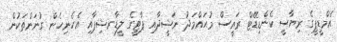
އެމްޑީޕީގެ ރިޔާސީ ކެންޑިޑޭޓް ރައީސް މުޙައްމަދު ނަޝީދާއި ޕާޓީގެ ލީޑާރޝިޕާއި އެހެނިހެން ގުނަންތަކުން